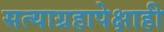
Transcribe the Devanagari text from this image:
सत्याग्रहापेक्षाही